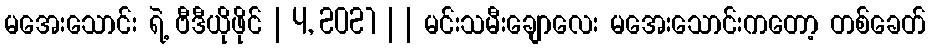
မအေးသောင်း ရဲ့ ဗီဒီယိုဖိုင် | 4, 2021 | | မင်းသမီးချောလေး မအေးသောင်းကတော့ တစ်ခေတ်